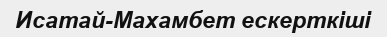
Исатай-Махамбет ескерткіші